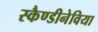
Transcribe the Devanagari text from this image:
स्कैण्डीनेविया